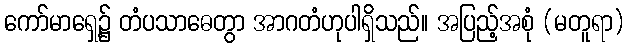
ကော်မာရှေ့၌ တံပသာဓေတွာ အာဂတံဟုပါရှိသည်။ အပြည့်အစုံ (မတူရာ)